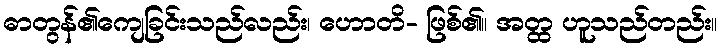
ဓာတွန်၏ကျေခြင်းသည်လည်း၊ ဟောတိ- ဖြစ်၏။ အတ္ထ ဟူသည်တည်း။